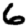
Digit: 6